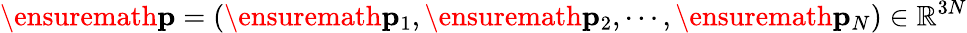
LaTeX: \ensuremath{\mathbf{p}}=(\ensuremath{\mathbf{p}}_{1},\ensuremath{\mathbf{p}}_{2},\cdots,\ensuremath{\mathbf{p}}_{N})\in\mathbb{R}^{3N}